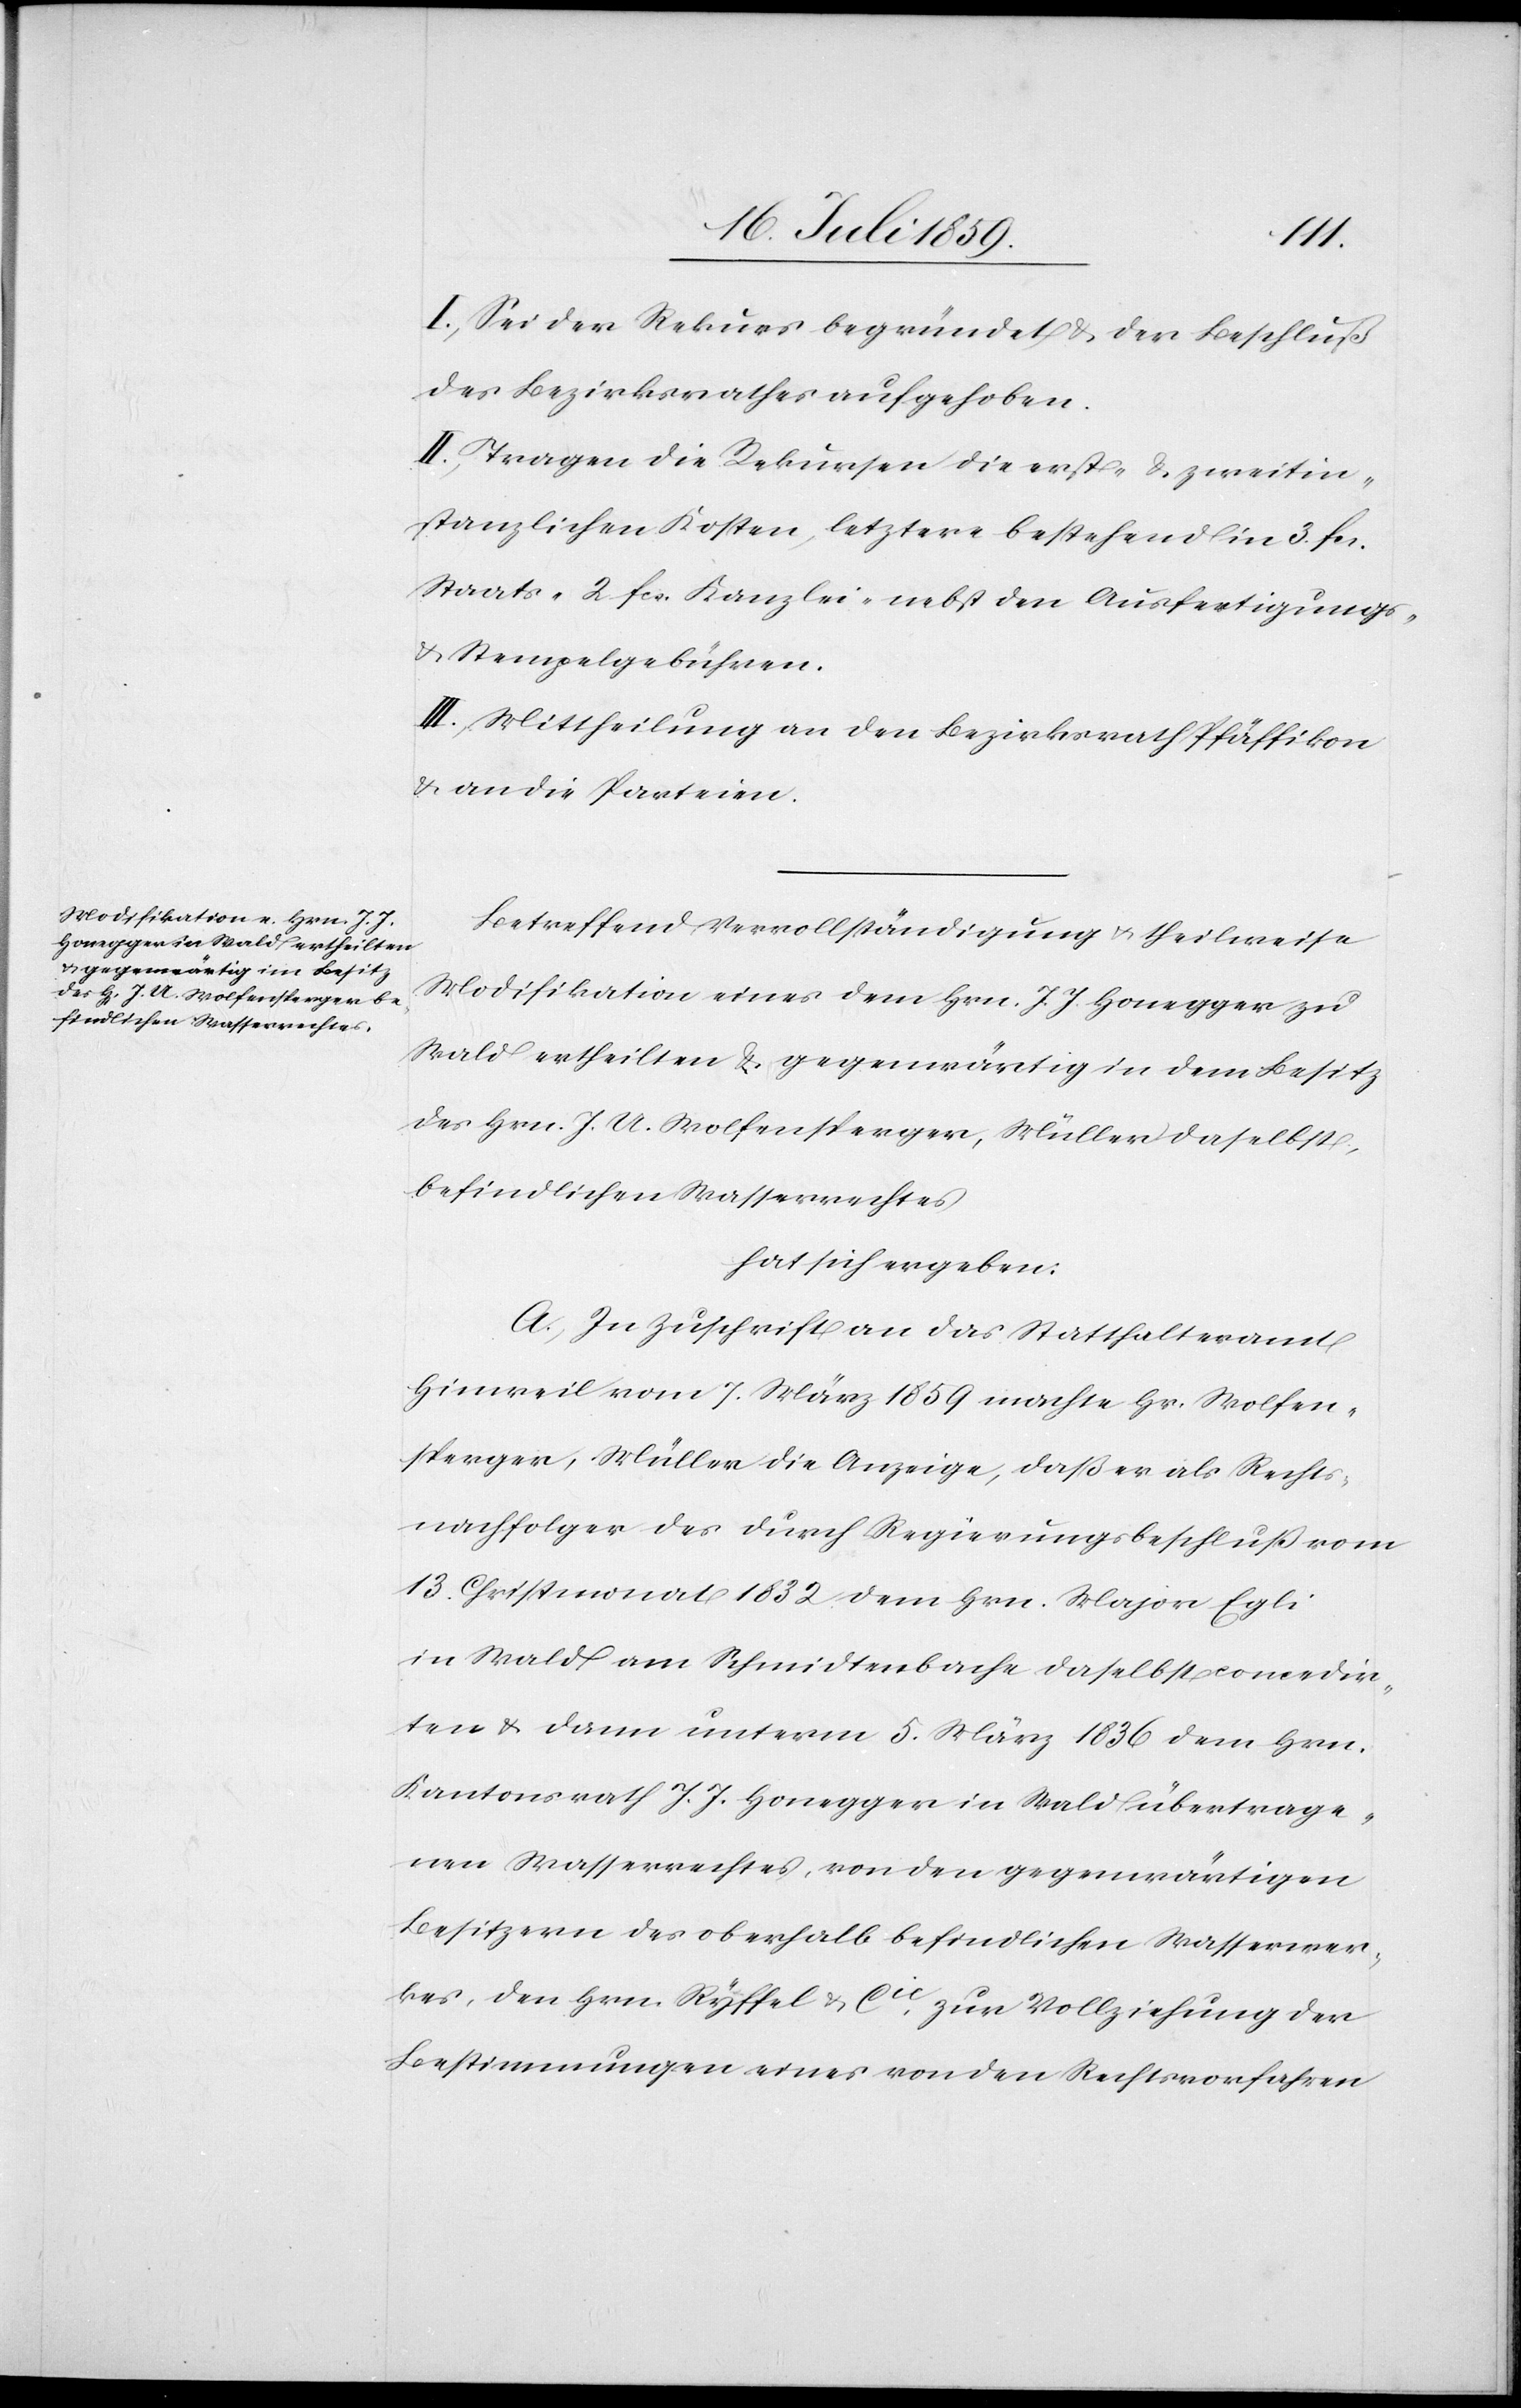
I. Sei der Rekurs begründet u. der Beschluß
des Bezirksrathes aufgehoben.
II. Tragen die Rekursen die erst- u. zweitin¬
stanzlichen Kosten, letztere bestehend in 3. fcs.
Staats- 2. fcs. Kanzlei- nebst den Ausfertigungs-
u. Stempelgebühren.
III. Mittheilung an den Bezirksrath Pfäffikon
u. an die Parteien.
Betreffend Vervollständigung u. theilweise
Modifikation eines dem Hrn. J. J. Honegger zu
Wald ertheilten u. gegenwärtig in dem Besitz
des Hrn. J. U. Wolfensperger, Müller daselbst,
befindlichen Wasserrechtes
hat sich ergeben:
A. In Zuschrift an das Statthalteramt
Hinweil vom 7. März 1859 machte Hr. Wolfen¬
sperger, Müller die Anzeige, daß er als Rechts¬
nachfolger des durch Regierungsbeschluß vom
13. Christmonat 1832. dem Hrn. Major Egli
in Wald am Schmidtenbache daselbst concedir¬
ten u. dann unterm 5. März 1836 dem Hrn.
Kantonsrath J. J. Honegger in Wald übertrage¬
nen Wasserrechtes, von den gegenwärtigen
Besitzern des oberhalb befindlichen Wasserwer¬
kes, den Hrn. Ryffel & Cie. zur Vollziehung der
Bestimmungen eines von den Rechtsvorfahren